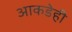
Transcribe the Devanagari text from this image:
आकडेही